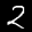
Label: 2